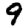
Digit: 9